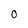
Character: 0